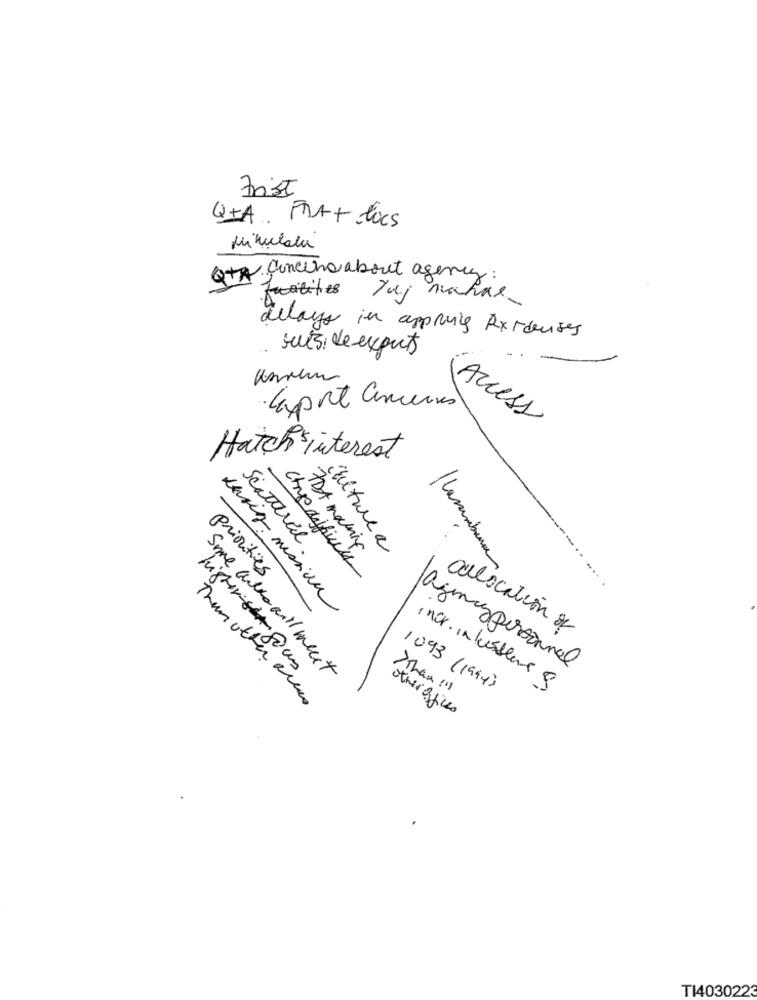
Frist
QIA FRA+ docs
Minulali
QTA Concerns about agency:
Facilities
Taj mahal
delays in approving Rxrduses
outside experts
· Capot amiens
Access
Hatch interest
Scatteredl.
FDA making
culture a
priorities
chris messian
allocation of
historisksous
agency personnel
Some walks will meet
>Than !!!
1093 (1994)
incr. intussen 9
Thun other areas
otheroffices
T14030223